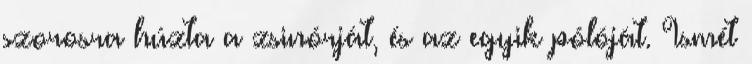
szorosra húzta a zsinórját, és az egyik pólóját. Ismét